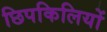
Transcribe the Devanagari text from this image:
छिपकिलियों